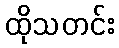
ထိုသတင်း